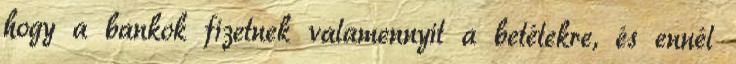
hogy a bankok fizetnek valamennyit a betétekre, és ennél